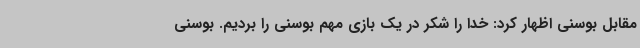
مقابل بوسنی اظهار کرد: خدا را شکر در یک بازی مهم بوسنی را بردیم. بوسنی